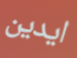
ايدين